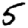
Digit: 5